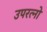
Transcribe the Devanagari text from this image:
उपरत्नो